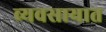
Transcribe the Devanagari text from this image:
व्‍यवसायात